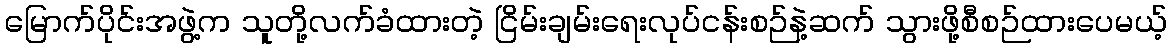
မြောက်ပိုင်းအဖွဲ့က သူတို့လက်ခံထားတဲ့ ငြိမ်းချမ်းရေးလုပ်ငန်းစဉ်နဲ့ဆက် သွားဖို့စီစဉ်ထားပေမယ့်